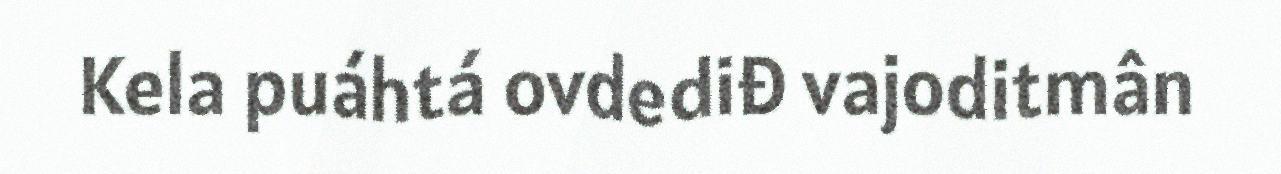
Kela puáhtá ovdediđ vajoditmân